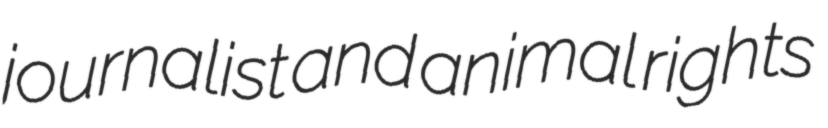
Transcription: journalist and animal rights